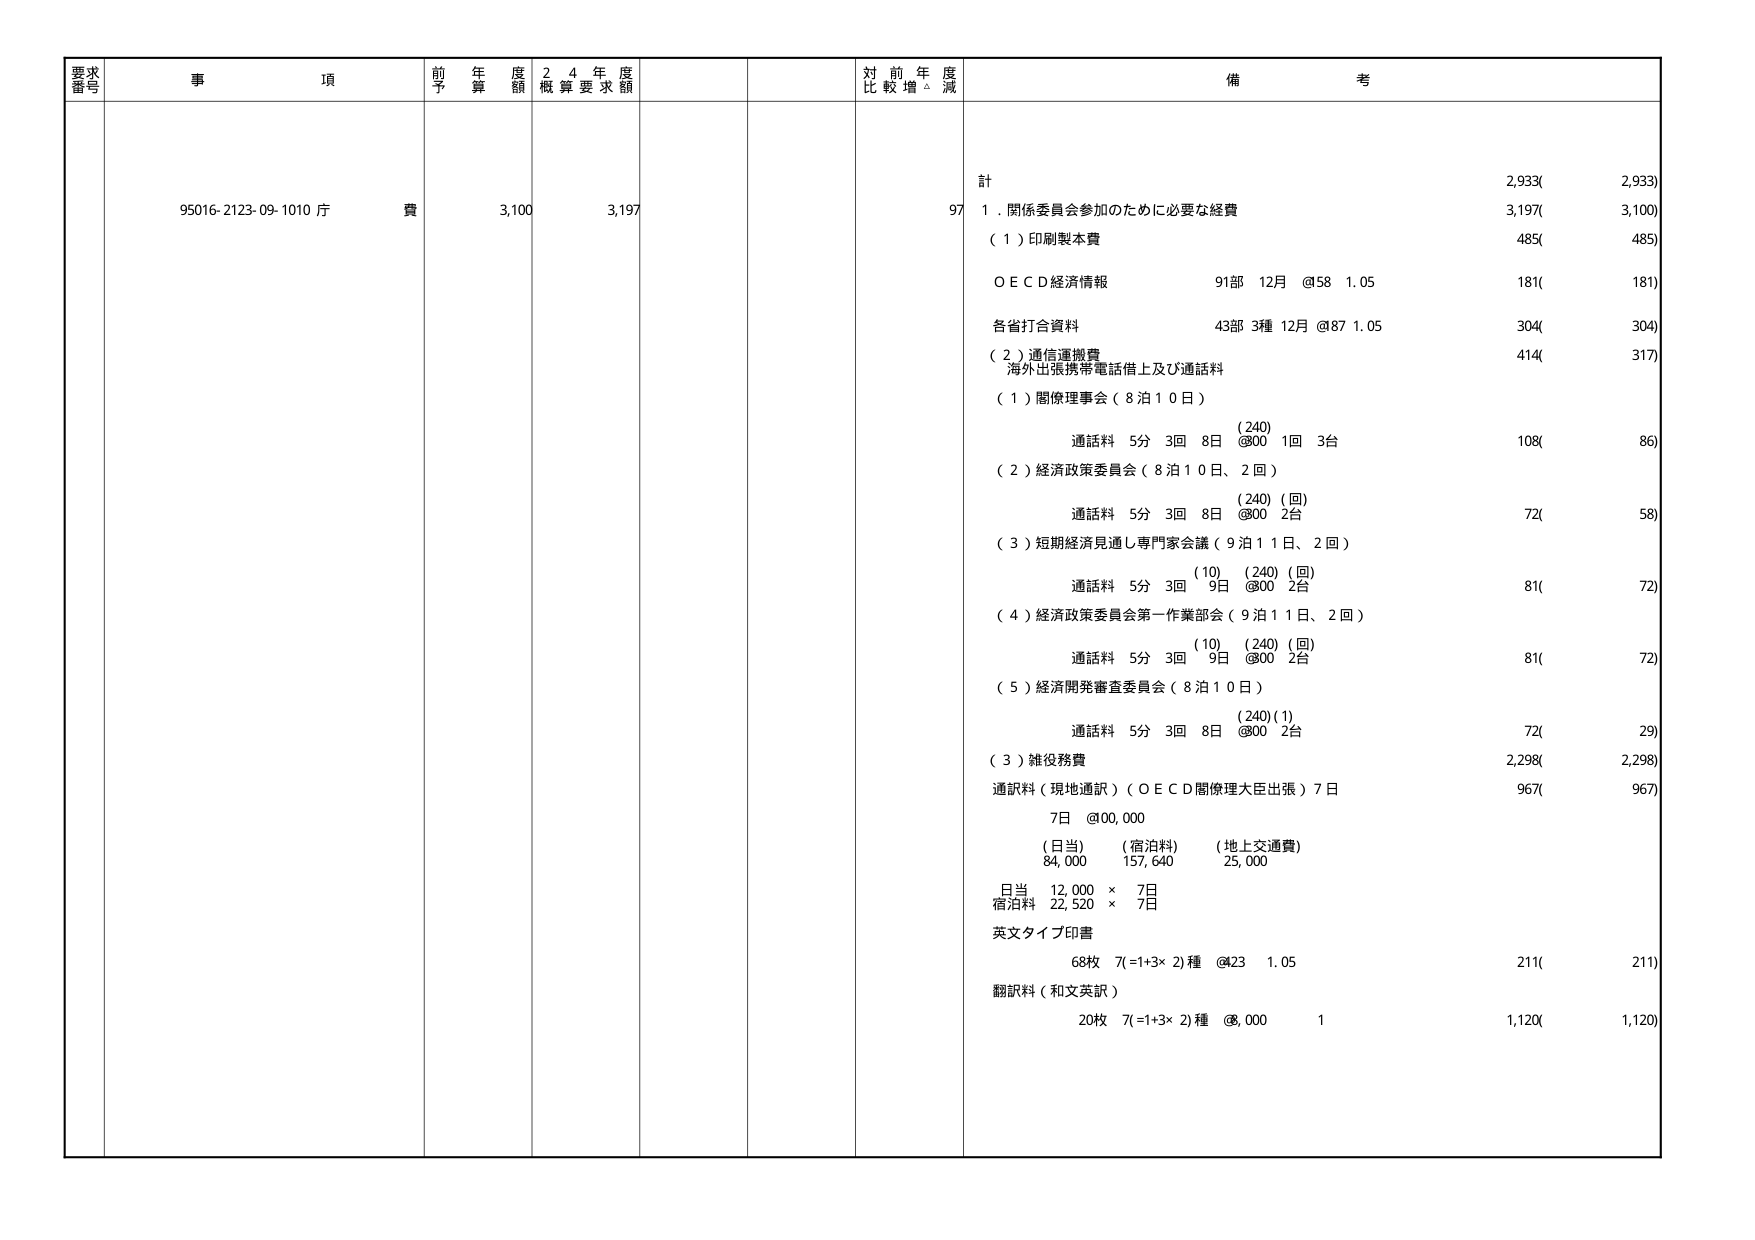
要求番号
事項
前年度予算額
24年度概算要求額
対前年度比較増減
備考
95016-2123-09-1010 庁費
3,100
3,197
97
計
2,933(
2,933)
1．関係委員会参加のために必要な経費
3,197(
3,100)
（1）印刷製本費
485(
485)
ＯＥＣＤ経済情報
91部 12月 @58 1.05
181(
181)
各省打合資料
43部 3種 12月 @87 1.05
304(
304)
（2）通信運搬費
海外出張携帯電話借上及び通話料
414(
317)
（1）閣僚理事会（8泊10日）
(240)
通話料 5分 3回 8日 @800 1回 3台
108(
86)
（2）経済政策委員会（8泊10日、2回）
(240)(回)
通話料 5分 3回 8日 @800 2台
72(
58)
（3）短期経済見通し専門家会議（9泊11日、2回）
(10) (240)(回)
通話料 5分 3回 9日 @800 2台
81(
72)
（4）経済政策委員会第一作業部会（9泊11日、2回）
(10) (240)(回)
通話料 5分 3回 9日 @800 2台
81(
72)
（5）経済開発審査委員会（8泊10日）
(240)(1)
通話料 5分 3回 8日 @800 2台
72(
29)
（3）雑役務費
2,298(
2,298)
通訳料（現地通訳）（ＯＥＣＤ閣僚理大臣出張）7日
967(
967)
7日 @00,000
(日当) (宿泊料) (地上交通費)
84,000 157,640 25,000
日当 12,000 × 7日
宿泊料 22,520 × 7日
英文タイプ印書
68枚 7(=1+3×2)種 @23 1.05
211(
211)
翻訳料（和文英訳）
20枚 7(=1+3×2)種 @8,000 1
1,120(
1,120)